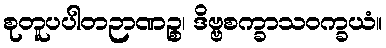
စုတူပပါတဉာဏဉ္စ၊ ဒိဗ္ဗစက္ခာသဝက္ခယံ။